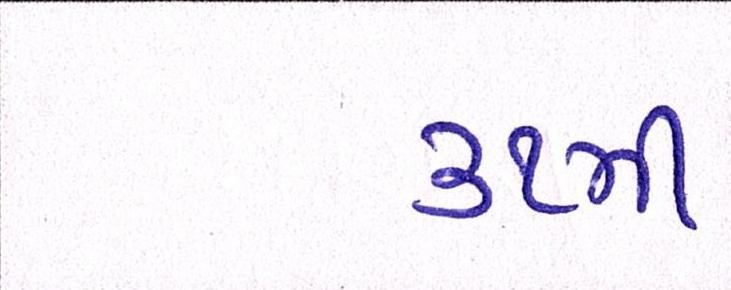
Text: ૩૧મી